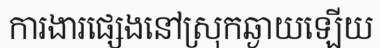
ការងារផ្សេងនៅស្រុកឆ្ងាយឡើយ